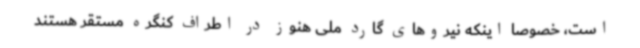
است، خصوصا اینکه نیروهای گارد ملی هنوز در اطراف کنگره مستقر هستند